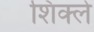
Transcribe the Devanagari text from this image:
शिक्ले